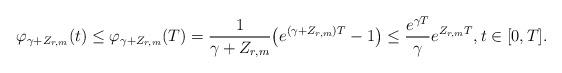
LaTeX: \begin{align*}\varphi_{\gamma + Z_{r,m}}(t) \leq \varphi_{\gamma + Z_{r,m}}(T) = \frac{1}{\gamma + Z_{r,m}} \big( e^{(\gamma + Z_{r,m}) T} - 1 \big) \leq \frac{e^{\gamma T}}{\gamma} e^{Z_{r,m} T}, t \in [0,T].\end{align*}